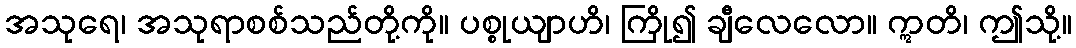
အသုရေ၊ အသုရာစစ်သည်တို့ကို။ ပစ္စုယျာဟိ၊ ကြို၍ ချီလေလော။ ဣတိ၊ ဤသို့။